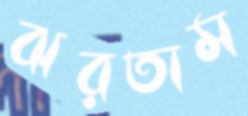
ঝরতাম